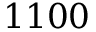
1 1 0 0